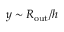
y \sim R _ { \mathrm { o u t } } / h